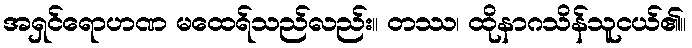
အရှင်ရောဟဏ မထေရ်သည်လည်း။ တဿ၊ ထိုနာဂသိန်သူငယ်၏။